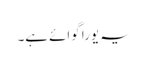
یہ یورا گوائے ہے۔